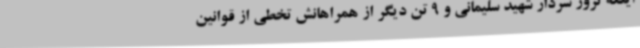
اینکه ترور سردار شهید سلیمانی و 9 تن دیگر از همراهانش تخطی از قوانین